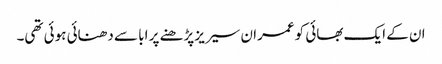
ان کے ایک بھائی کو عمران سیریز پڑھنے پر ابا سے دھنائی ہوئی تھی۔